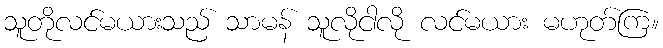
သူတိုလင်မယားသည် သာမန် သူလိုငါလို လင်မယား မဟုတ်ကြ။